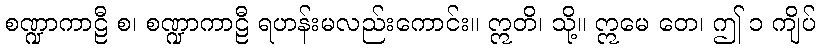
စဏ္ဍာကာဠီ စ၊ စဏ္ဍာကာဠီ ရဟန်းမလည်းကောင်း။ ဣတိ၊ သို့။ ဣမေ တေ၊ ဤ ၁ ကျိပ်